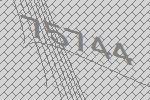
75744